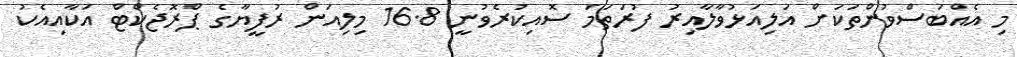
މި އެއްބަސްވުންތަކަށް އަލިއަޅުވާލާއިރު ފުރަތަމަ ސޮއިކުރެވުނީ 16.8 މިލިއަން ރުފީޔާގެ ޕްރޮޖެކްޓް އަކާއިއެކު